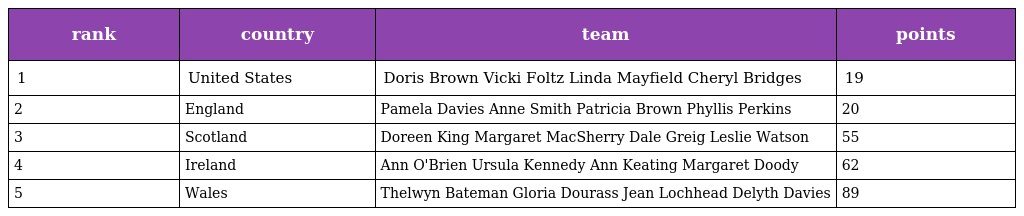
| rank | country | team | points |
 | --- | --- | --- | --- |
 | 1 | United States | Doris Brown Vicki Foltz Linda Mayfield Cheryl Bridges | 19 |
 | 2 | England | Pamela Davies Anne Smith Patricia Brown Phyllis Perkins | 20 |
 | 3 | Scotland | Doreen King Margaret MacSherry Dale Greig Leslie Watson | 55 |
 | 4 | Ireland | Ann O'Brien Ursula Kennedy Ann Keating Margaret Doody | 62 |
 | 5 | Wales | Thelwyn Bateman Gloria Dourass Jean Lochhead Delyth Davies | 89 |